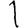
Digit: 1